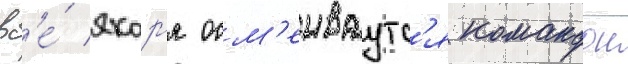
вс'е́ якор'я осм'еиваутс'я командои